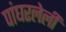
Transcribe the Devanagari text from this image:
पांघरलेली